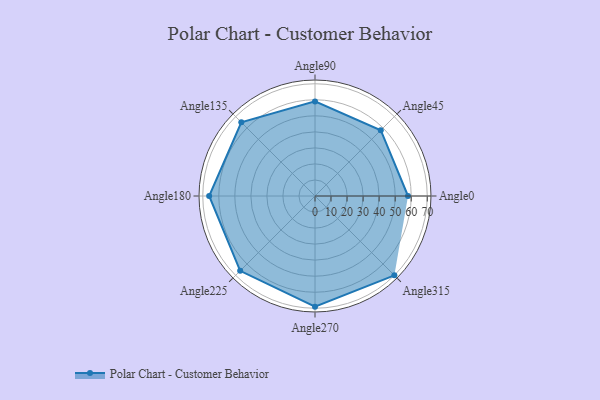
{"axis": {"x": "Angle", "y": "Radius"}, "legend": [""], "data": [{"x": "Angle0", "y": 58.0, "type": ""}, {"x": "Angle45", "y": 58.0, "type": ""}, {"x": "Angle90", "y": 59.0, "type": ""}, {"x": "Angle135", "y": 65.0, "type": ""}, {"x": "Angle180", "y": 66.0, "type": ""}, {"x": "Angle225", "y": 66.0, "type": ""}, {"x": "Angle270", "y": 69.0, "type": ""}, {"x": "Angle315", "y": 70.0, "type": ""}]}